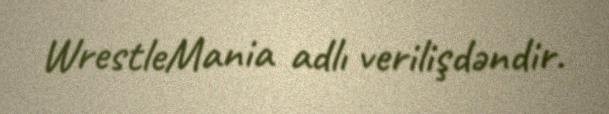
WrestleMania adlı verilişdəndir.